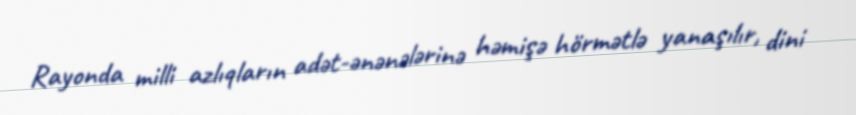
Rayonda milli azlıqların adət-ənənələrinə həmişə hörmətlə yanaşılır, dini